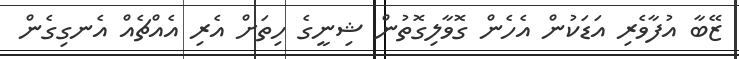
ޒޭބާ އުފާވެރި އަޑަކުން އެހެން ގޮވާލިގޮތުން ޝިނީގެ ހިތަށް އެރި އެއްޗެއް އެނގިގެން